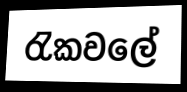
රැකවලේ